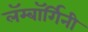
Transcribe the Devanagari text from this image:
लॅम्बॉर्गिनी